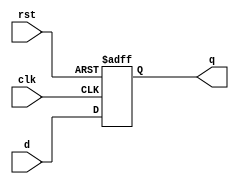

module flop #(parameter width = 1) (
    input  wire               clk,
    input  wire               rst,
    input  wire [width-1 : 0] d,
    output reg  [width-1 : 0] q
);

always@(posedge clk or negedge rst) begin
    if(!rst)
        q <= 'b0;
    else
        q <= d;
end

endmodule